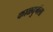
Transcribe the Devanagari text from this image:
काळदुर्गला